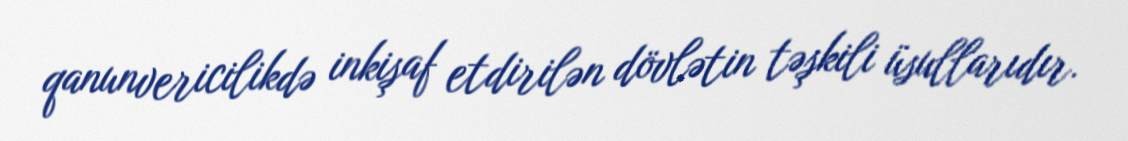
qanunvericilikdə inkişaf etdirilən dövlətin təşkili üsullarıdır.